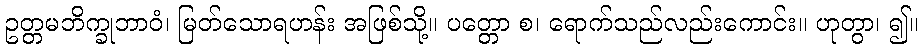
ဥတ္တမဘိက္ခုဘာဝံ၊ မြတ်သောရဟန်း အဖြစ်သို့။ ပတ္တော စ၊ ရောက်သည်လည်းကောင်း။ ဟုတွာ၊ ၍။